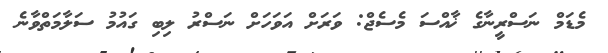
މެޑަމް ނަސްރީނާގެ ޚާއްސަ މެސެޖް: ވަރަށް އަވަހަށް ނަސްރު ލިބި ގައުމު ސަލާމަތްވާނެ